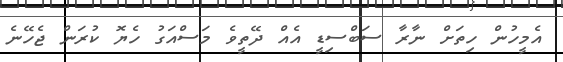
އެމީހުން ހިތަށް ނާރާ ސަބްސިޑީ އެއް ދޭތީވެ މަސްއަގު ހެޔޮ ކުރަން ޖެހޭނެ